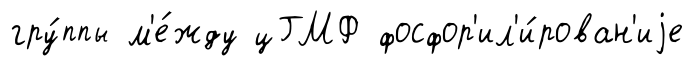
гру́ппы м'е́жду цГМФ фосфор'ил'и́рован'иjе